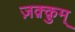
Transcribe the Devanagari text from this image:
ज़क़्क़ुम्